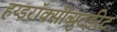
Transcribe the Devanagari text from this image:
हय्डरॉक्सीब्युटईरेट